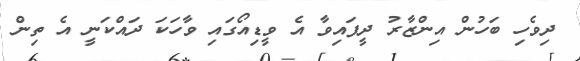
ދިވެހި ބަހުން އިންޒާރު ދީފައިވާ އެ ވީޑިއޯގައި ވާހަކަ ދައްކަނީ އެ ތިން